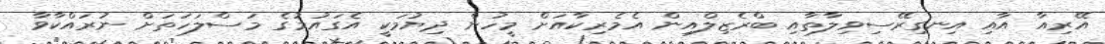
އޭރިއާ އާއި އިނގިރޭސިވިލާތާއި ބްރެޒިލްއިން އެމެރިކާއަށް މީހުން ދިޔުމަކީ އެގައުމުގެ މަސްލަހަތަށް ނުރައްކާވާ